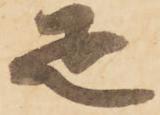
疋